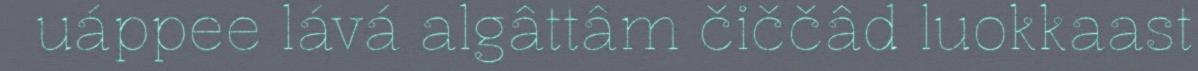
uáppee lává algâttâm čiččâd luokkaast